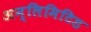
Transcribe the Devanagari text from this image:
अन्लिमिटिड